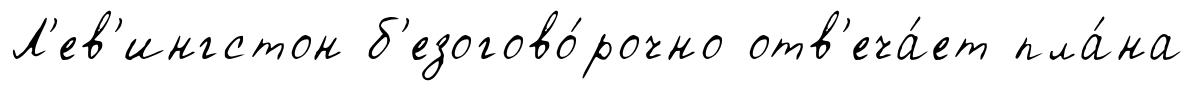
Л'ев'ингстон б'езогово́рочно отв'еча́ет пла́на